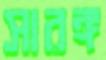
সারঙ্গ